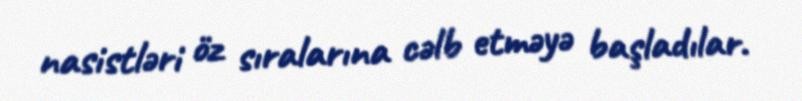
nasistləri öz sıralarına cəlb etməyə başladılar.